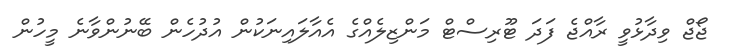
ޖޯޖް ވިދާޅުވީ ރާއްޖެ ފަދަ ޓޫރިސްޓް މަންޒިލެއްގެ އެއާލައިނަކުން އުދުހެން ބޭނުންވާނެ މީހުން